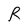
Character: R